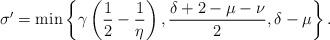
LaTeX: \begin{align*} \sigma' = \min\left\{\gamma\left(\frac{1}{2}-\frac{1}{\eta}\right), \frac{\delta+2-\mu-\nu}{2}, \delta - \mu \right\}.\end{align*}